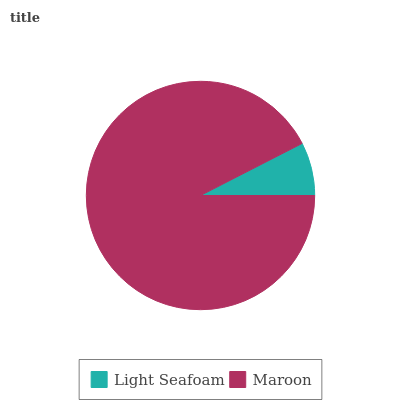
| Light Seafoam | Maroon |
 | --- | --- |
 | 7.53% | 92.5% |